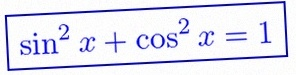
\sin^2x+\cos^2x=1